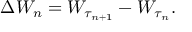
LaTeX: \Delta W _ { n } = W _ { \tau _ { n + 1 } } - W _ { \tau _ { n } } .